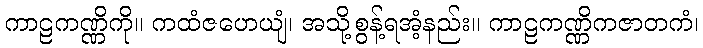
ကာဠကဏ္ဏိကို။ ကထံဇဟေယျံ၊ အသို့စွန့်ရအံ့နည်း။ ကာဠကဏ္ဏိကဇာတကံ၊